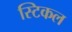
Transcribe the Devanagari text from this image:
स्टिकल